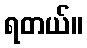
ရတယ်။